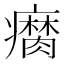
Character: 𤻚